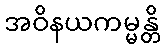
အဝိနယကမ္မန္တိ